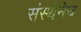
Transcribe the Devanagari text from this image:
संस्थेनेच